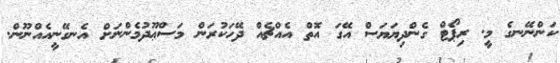
ކަންނޭނގެ މީ. ރިޕޯޓް ގެންދިޔަޔަސް އޭގަ އޮތް އެއްޗެއް ދޭހަކުރަން މަސްޢޫދުމެންނަށް އެނގޭނީއެއްނޫން.